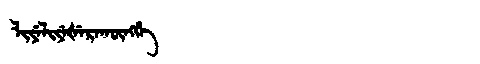
Manchu: ᠯᡳᠶᡝᠯᡳᠶᡝᡧᡝᡵᠠᡴᡡᠩᡤᡝ
Romanization: LIYELIYEŠERAKŪNGGE